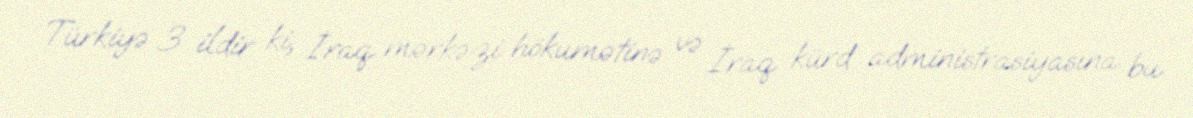
Türkiyə 3 ildir ki, İraq mərkəzi hökumətinə və İraq kürd administrasiyasına bu